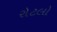
રોટલો